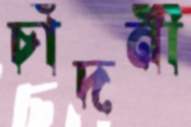
চাঁদনী